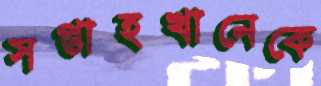
সপ্তাহখানেকে